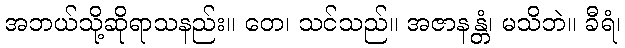
အဘယ်သို့ဆိုရာသနည်း။ တေ၊ သင်သည်။ အဇာနန္တံ၊ မသိဘဲ။ ခီရံ၊